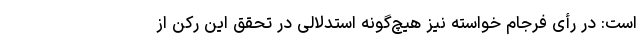
است: در رأی فرجام خواسته نیز هیچ‌گونه استدلالی در تحقق این رکن از